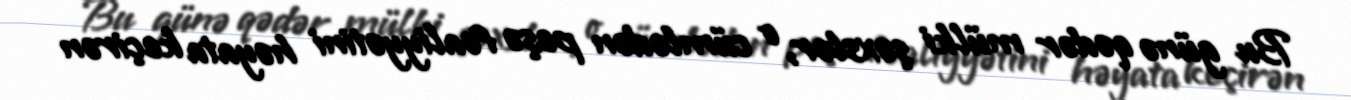
Bu günə qədər mülki şəxslər, o cümlədən peşə fəaliyyətini həyata keçirən